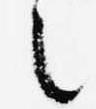
之